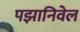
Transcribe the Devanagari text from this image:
पझानिवेल